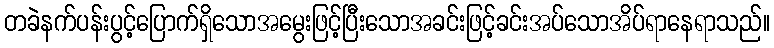
တခဲနက်ပန်းပွင့်ပြောက်ရှိသောအမွေးဖြင့်ပြီးသောအခင်းဖြင့်ခင်းအပ်သောအိပ်ရာနေရာသည်။